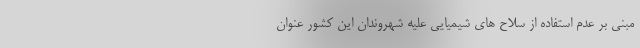
مبنی بر عدم استفاده از سلاح های شیمیایی علیه شهروندان این کشور عنوان